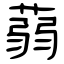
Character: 蒻